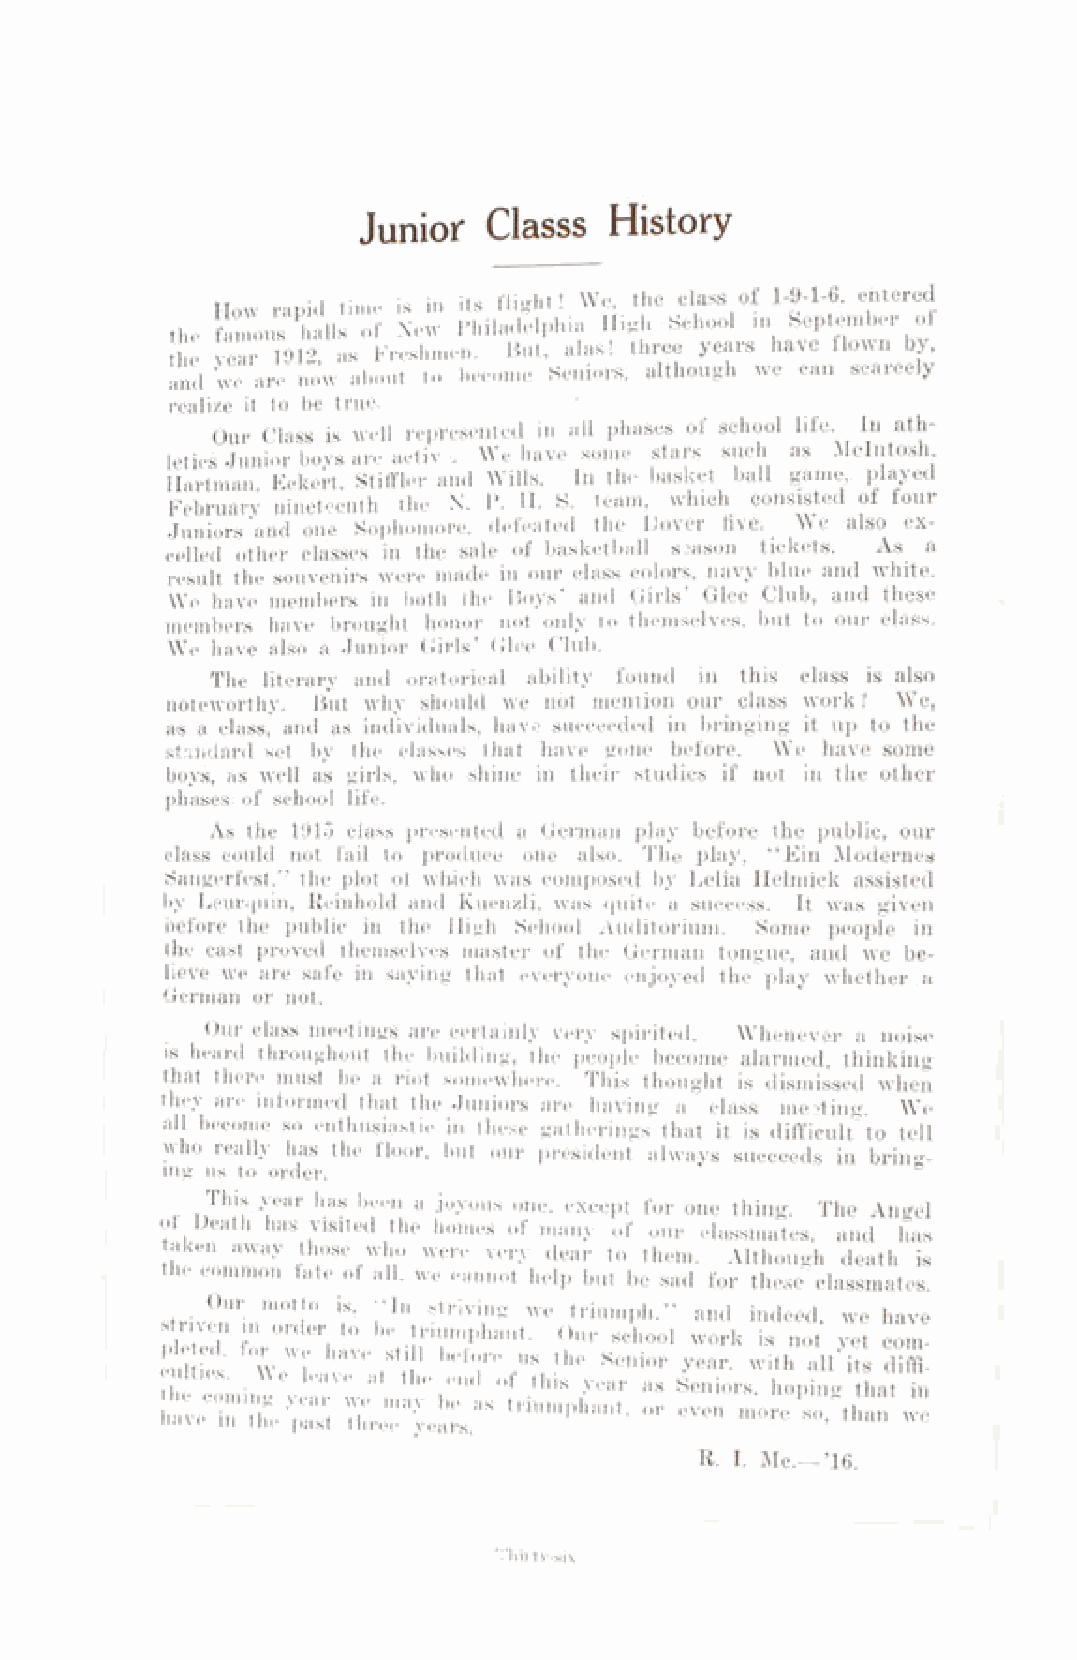
Junior  Classs  History
 How rap
 the famous
 the year 191
 and we are now about to become3 Seniors, although we can scarcely
 realize it to be true.
 Our Class is well represented in all phases of school life. In ath­
 letics Junior boys are aetiv ■. We have some stars such as McIntosh
 Hartman Eckert, Stiffler and Wills. In the basket ball game, played
 February nineteenth the N. P. H. S. team, which consisted of four
 Juniors and one Sophomore, defeated the Dover five. We also ex­
 celled other classes in the sale of basketball season tickets. As a
 result the souvenirs were made in our class colors, navy blue and white.
 We have members in both the Hoys and Girls Glee Club, and these
 members have brought honor not only to themselves, but to our class.
 We have also a Junior Girls’ Glee Club.
 The literary and oratorical ability found in this class is also
 noteworthy. But why should we not mention our class work? We,
 as a class, and as individuals, have succeeded in bringing it up to the
 standard set by the classes that have gone before. We have some
 boys, as well as girls, who shine in their studies if not in the other
 phases of school life.
 As the 1915 class presented a German play before the public, our
 class could not fail to produce one also. The play, “ Ein Modernes
 Sangerfest.” the plot of which was composed by Delia ITelmick assisted
 by Leurquin, Reinhold and Kuenzli, was quite a success. It was given
 before the public in the High School Auditorium. Some people in
 the cast proved themselves master of the German tongue, and we be­
 lieve we are safe in saying that everyone enjoyed the play whether a
 German or not.
 Our class meetings are certainly very spirited. Whenever a noise
 is heard throughout the building, the people become alarmed, thinking
 that there must be a riot somewhere. This thought is dismissed when
 they are informed that the Juniors are having a class meeting. "We
 all become so enthusiastic in these gatherings that it is difficult" to tell
 who really has the floor, but our president always succeeds in bring­
 ing us to order.
 ,  Thlf year has heen a joyous one, except for one thing. The Angel
 ot Death has visited the homes of many of our classmates anrl has
 R. I. Me.—’16.
 L’hirty-six